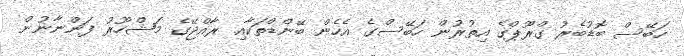
ހަބޭސް ބޮޑުބެރު ގްރޫޕްގެ އިތުރުން ހަބޭސްގެ އެހެން ބޭންޑްތަކާއި ރާއްޖޭގެ މަޝްހޫރު ފަންނާނުން